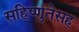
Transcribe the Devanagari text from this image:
सहिष्णुतेसह